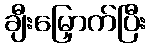
ချီးမြှောက်ပြီး